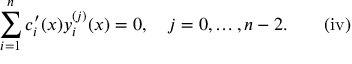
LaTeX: \sum _ { i = 1 } ^ { n } c _ { i } ^ { \prime } ( x ) y _ { i } ^ { ( j ) } ( x ) = 0 , \quad j = 0 , \ldots , n - 2 . \quad \quad \mathrm { { ( i v ) } }